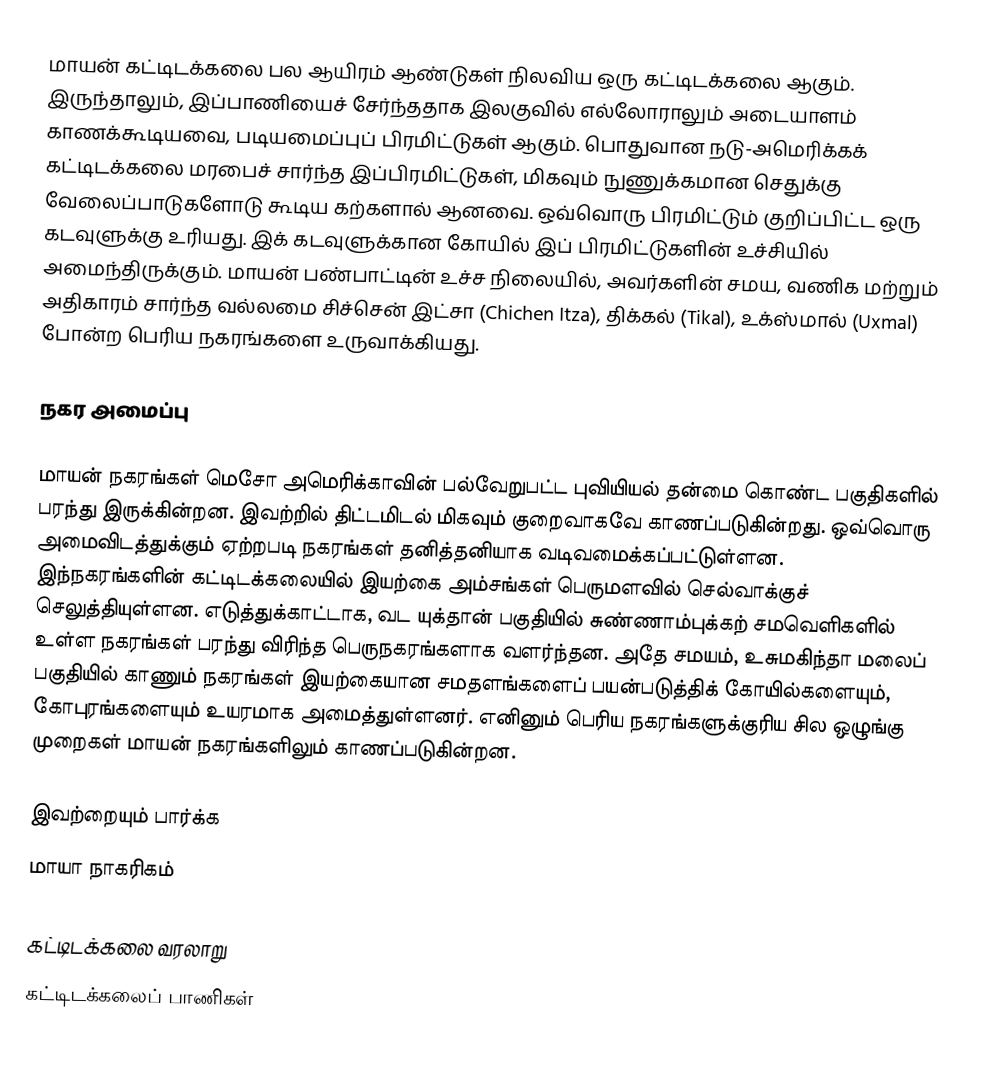
மாயன் கட்டிடக்கலை பல ஆயிரம் ஆண்டுகள் நிலவிய ஒரு கட்டிடக்கலை ஆகும். இருந்தாலும், இப்பாணியைச் சேர்ந்ததாக இலகுவில் எல்லோராலும் அடையாளம் காணக்கூடியவை, படியமைப்புப் பிரமிட்டுகள் ஆகும். பொதுவான நடு-அமெரிக்கக் கட்டிடக்கலை மரபைச் சார்ந்த இப்பிரமிட்டுகள், மிகவும் நுணுக்கமான செதுக்கு வேலைப்பாடுகளோடு கூடிய கற்களால் ஆனவை. ஒவ்வொரு பிரமிட்டும் குறிப்பிட்ட ஒரு கடவுளுக்கு உரியது. இக் கடவுளுக்கான கோயில் இப் பிரமிட்டுகளின் உச்சியில் அமைந்திருக்கும். மாயன் பண்பாட்டின் உச்ச நிலையில், அவர்களின் சமய, வணிக மற்றும் அதிகாரம் சார்ந்த வல்லமை சிச்சென் இட்சா (Chichen Itza), திக்கல் (Tikal), உக்ஸ்மால் (Uxmal) போன்ற பெரிய நகரங்களை உருவாக்கியது.

நகர அமைப்பு

மாயன் நகரங்கள் மெசோ அமெரிக்காவின் பல்வேறுபட்ட புவியியல் தன்மை கொண்ட பகுதிகளில் பரந்து இருக்கின்றன. இவற்றில் திட்டமிடல் மிகவும் குறைவாகவே காணப்படுகின்றது. ஒவ்வொரு அமைவிடத்துக்கும் ஏற்றபடி நகரங்கள் தனித்தனியாக வடிவமைக்கப்பட்டுள்ளன. இந்நகரங்களின் கட்டிடக்கலையில் இயற்கை அம்சங்கள் பெருமளவில் செல்வாக்குச் செலுத்தியுள்ளன. எடுத்துக்காட்டாக, வட யுக்தான் பகுதியில் சுண்ணாம்புக்கற் சமவெளிகளில் உள்ள நகரங்கள் பரந்து விரிந்த பெருநகரங்களாக வளர்ந்தன. அதே சமயம், உசுமகிந்தா மலைப் பகுதியில் காணும் நகரங்கள் இயற்கையான சமதளங்களைப் பயன்படுத்திக் கோயில்களையும், கோபுரங்களையும் உயரமாக அமைத்துள்ளனர். எனினும் பெரிய நகரங்களுக்குரிய சில ஒழுங்கு முறைகள் மாயன் நகரங்களிலும் காணப்படுகின்றன.

இவற்றையும் பார்க்க
 மாயா நாகரிகம்

கட்டிடக்கலை வரலாறு
கட்டிடக்கலைப் பாணிகள்